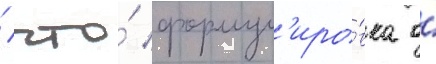
/ что́ формул'иро́вка о́